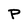
Character: P